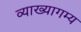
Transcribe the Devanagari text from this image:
व्याख्यागम्य